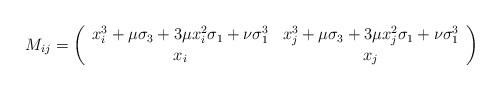
LaTeX: \begin{align*}M_{ij}=\left(\begin{array}{cc}x_i^3+\mu \sigma_3+3\mu x_i^2\sigma_1+\nu\sigma_1^3 &x_j^3+\mu \sigma_3+3\mu x_j^2\sigma_1+\nu\sigma_1^3\\x_i & x_j\end{array}\right)\end{align*}